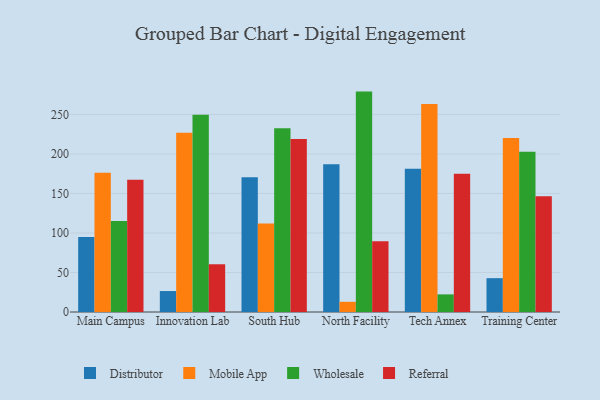
{"axis": {"x": "Campus", "y": "Customer Acquisition Cost (USD)"}, "legend": ["Distributor", "Mobile App", "Referral", "Wholesale"], "data": [{"x": "Main Campus", "y": 94.9, "type": "Distributor"}, {"x": "Main Campus", "y": 176.3, "type": "Mobile App"}, {"x": "Main Campus", "y": 115.1, "type": "Wholesale"}, {"x": "Main Campus", "y": 167.5, "type": "Referral"}, {"x": "Innovation Lab", "y": 26.5, "type": "Distributor"}, {"x": "Innovation Lab", "y": 226.7, "type": "Mobile App"}, {"x": "Innovation Lab", "y": 249.7, "type": "Wholesale"}, {"x": "Innovation Lab", "y": 60.4, "type": "Referral"}, {"x": "South Hub", "y": 170.4, "type": "Distributor"}, {"x": "South Hub", "y": 111.9, "type": "Mobile App"}, {"x": "South Hub", "y": 232.6, "type": "Wholesale"}, {"x": "South Hub", "y": 218.9, "type": "Referral"}, {"x": "North Facility", "y": 187.1, "type": "Distributor"}, {"x": "North Facility", "y": 12.9, "type": "Mobile App"}, {"x": "North Facility", "y": 278.9, "type": "Wholesale"}, {"x": "North Facility", "y": 89.6, "type": "Referral"}, {"x": "Tech Annex", "y": 181.4, "type": "Distributor"}, {"x": "Tech Annex", "y": 263.2, "type": "Mobile App"}, {"x": "Tech Annex", "y": 22.3, "type": "Wholesale"}, {"x": "Tech Annex", "y": 175.1, "type": "Referral"}, {"x": "Training Center", "y": 42.8, "type": "Distributor"}, {"x": "Training Center", "y": 220.1, "type": "Mobile App"}, {"x": "Training Center", "y": 202.9, "type": "Wholesale"}, {"x": "Training Center", "y": 146.5, "type": "Referral"}]}